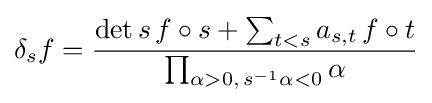
\delta _{s}f={\det s\,f\circ s+\sum _{t<s}a_{s,t}\,f\circ t \over \prod _{\alpha >0,\,s^{-1}\alpha <0}\alpha }